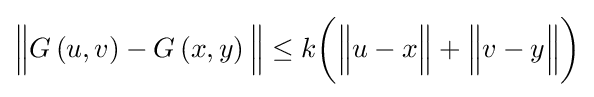
{\Bigl \|}G\left(u,v\right)-G\left(x,y\right){\Bigr \|}\leq k{\biggl (}{\Bigl \|}u-x{\Bigr \|}+{\Bigr \|}v-y{\Bigr \|}{\biggr )}